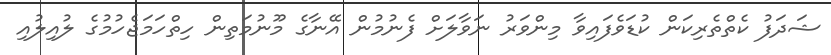
ޝަދަފު ކެތްތެރިކަން ކުޑަވެފައިވާ މިންވަރު ނަވާލަށް ފެނުމުން އޭނާގެ މޫނުމަތިން ހިތްހަމަޖެހުމުގެ ލުއިލުއި